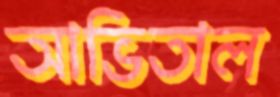
আভিতাল